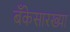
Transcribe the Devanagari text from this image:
बँकेसारख्या